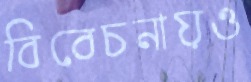
বিবেচনায়ও